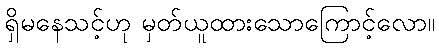
ရှိမနေသင့်ဟု မှတ်ယူထားသောကြောင့်လော။